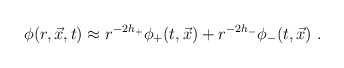
\begin{align*}\phi(r,\vec{x},t) \approx r^{-2h_+} \phi_+ (t,\vec{x} ) + r^{-2h_-} \phi_-(t,\vec{x} ) \ . \end{align*}